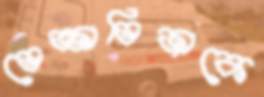
ভেজ্জাভিজাকে